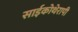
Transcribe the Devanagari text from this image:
साईकोथेरापी